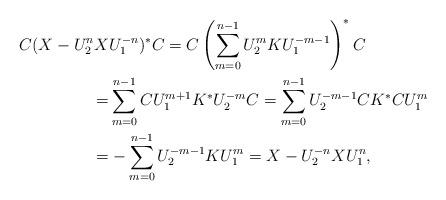
LaTeX: \begin{align*}\begin{aligned}C(X-U_2^nX&U_1^{-n})^\ast C=C\left(\sum_{m=0}^{n-1}U_2^m K U_1^{-m-1}\right)^\ast C \\=&\sum_{m=0}^{n-1} CU_1^{m+1}K^\ast U_2^{-m}C=\sum_{m=0}^{n-1} U_2^{-m-1}CK^\ast CU_1^m \\=&-\sum_{m=0}^{n-1} U_2^{-m-1}KU_1^m=X-U_2^{-n}X U_1^n,\end{aligned}\end{align*}